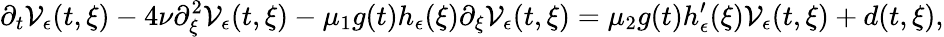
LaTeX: \partial_{t}\mathcal{V}_{\epsilon}(t,\xi)-4\nu\partial_{\xi}^{2}\mathcal{V}_{\epsilon}(t,\xi)-\mu_{1}g(t)h_{\epsilon}(\xi)\partial_{\xi}\mathcal{V}_{\epsilon}(t,\xi)=\mu_{2}g(t)h_{\epsilon}^{\prime}(\xi)\mathcal{V}_{\epsilon}(t,\xi)+d(t,\xi),